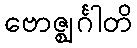
ဗောဇ္ဈင်္ဂါတိ